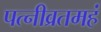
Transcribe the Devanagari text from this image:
पत्नीव्रतमहं